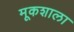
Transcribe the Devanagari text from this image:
मूकशाला